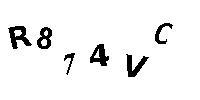
R874VC